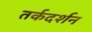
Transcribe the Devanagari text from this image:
तर्कदर्शन